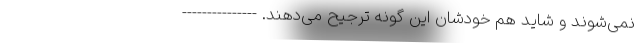
نمی‌شوند و شاید هم خودشان این گونه ترجیح می‌دهند. ---------------